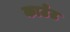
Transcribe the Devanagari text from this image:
काउँट